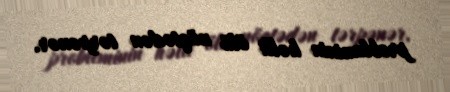
probleminin həlli ölü nöqtədən tərpənər.